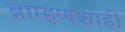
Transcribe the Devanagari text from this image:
ब्राम्हणशाही